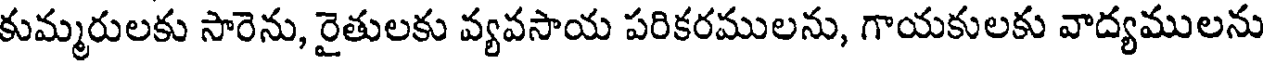
కుమ్మరులకు సారెను, రైతులకు వ్యవసాయ పరికరములను, గాయకులకు వాద్యములను